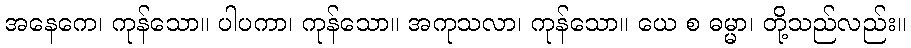
အနေကေ၊ ကုန်သော။ ပါပကာ၊ ကုန်သော။ အကုသလာ၊ ကုန်သော။ ယေ စ ဓမ္မာ၊ တို့သည်လည်း။